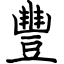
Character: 豐